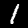
Digit: 1